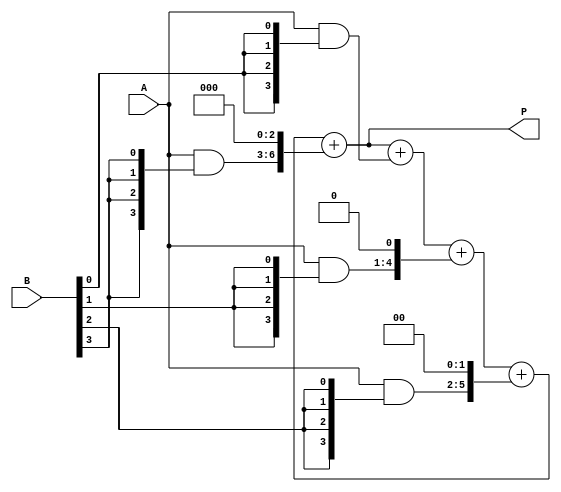
module ArrayMultiplier #(parameter m = 4, n = 4) (
    input [m-1:0] A,           // Multiplicand
    input [n-1:0] B,           // Multiplier
    output reg [m+n-1:0] P     // Product
);
    
    reg [m-1:0] partial_products[n-1:0]; // Array to hold partial products
    reg [m+n-1:0] sum;                    // Sum of all partial products
    integer i, j;

    // Generate partial products
    always @(*) begin
        // Initialize the product
        P = 0;
        
        // Generate partial products
        for (i = 0; i < n; i = i + 1) begin
            partial_products[i] = A & {m{B[i]}}; // ANDing A with each bit of B
        end
        
        // Sum partial products with shifting
        for (i = 0; i < n; i = i + 1) begin
            sum = sum + (partial_products[i] << i); // Shift partial product
        end
        
        P = sum; // Final product
    end
endmodule